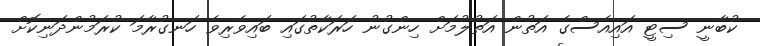
ކުބާނީ ސިޓީ އައިއެސްގެ އަތުން އަތުލުމަށް ހިންގުނު ހަރަކާތުގައި ބައިވެރިވެ ހަނގުރާމަ ކުރަމުންދަނިކޮށް